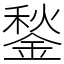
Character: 鍫